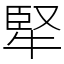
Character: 㹂